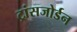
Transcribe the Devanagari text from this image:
ट्रांसजोर्डन